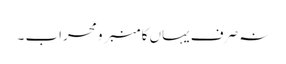
نہ صرف یہاں کا منبر و محراب ۔